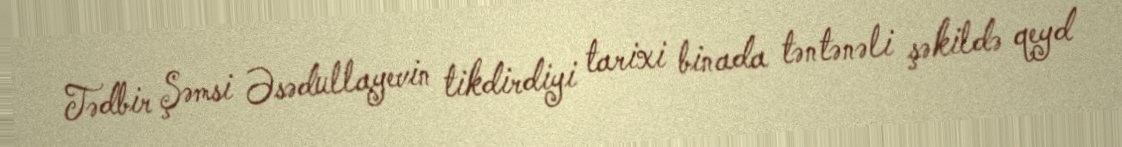
Tədbir Şəmsi Əsədullayevin tikdirdiyi tarixi binada təntənəli şəkildə qeyd